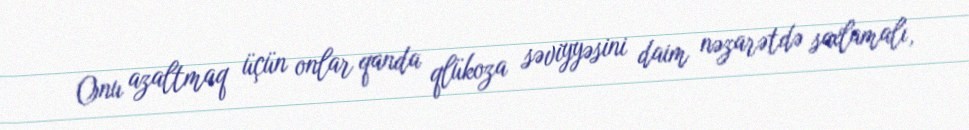
Onu azaltmaq üçün onlar qanda qlükoza səviyyəsini daim nəzarətdə saxlamalı,